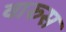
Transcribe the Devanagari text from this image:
वारुस